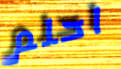
احلم